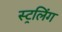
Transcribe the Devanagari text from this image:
स्ट्रलिंग